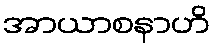
အာယာစနာဟိ